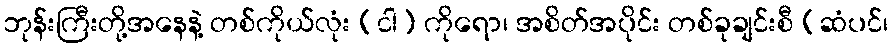
ဘုန်းကြီးတို့အနေနဲ့ တစ်ကိုယ်လုံး (ငါ) ကိုရော၊ အစိတ်အပိုင်း တစ်ခုချင်းစီ (ဆံပင်၊